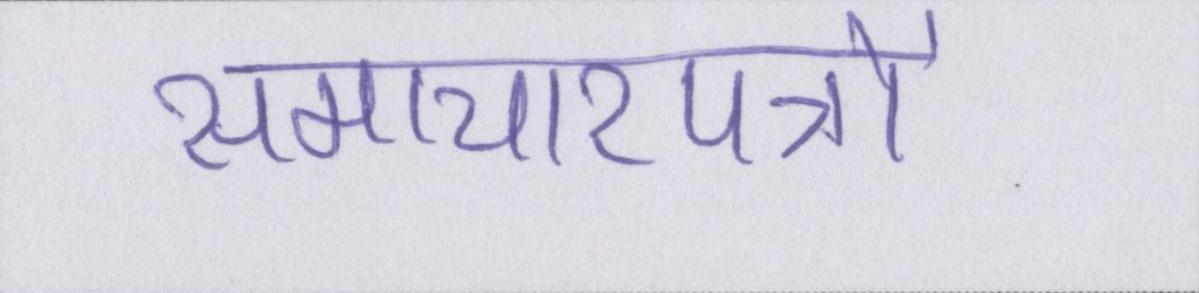
समाचारपत्रों